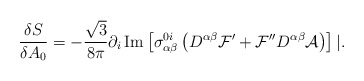
\begin{align*}\frac{\delta S}{\delta A_0} = - \frac{\sqrt{3}}{8\pi} \partial_i\, \mbox{Im}\left[ \sigma^{0i}_{\alpha\beta} \left(D^{\alpha\beta} {\cal F}' + {\cal F}'' D^{\alpha\beta} {\cal A}\right) \right]|.\end{align*}